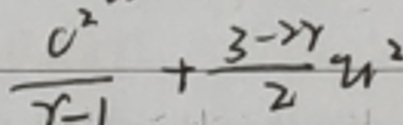
$\frac{c^{2}}{r - 1}+\frac{3 - 2r}{2}u^{2}$